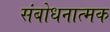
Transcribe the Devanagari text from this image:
संबोधनात्मक